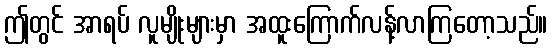
ဤတွင် အာရပ် လူမျိုးများမှာ အထူးကြောက်လန့်လာကြတော့သည်။